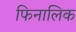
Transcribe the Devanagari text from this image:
फिनालिक